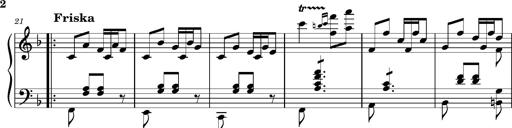
Title: Ungarischer Romanzero
Composer: Franz Liszt